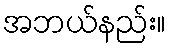
အဘယ်နည်း။